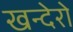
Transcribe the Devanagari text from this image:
खन्देरो